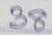
38